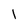
Character: l